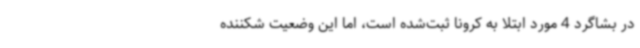
در بشاگرد 4 مورد ابتلا به کرونا ثبت‌شده است، اما این وضعیت شکننده